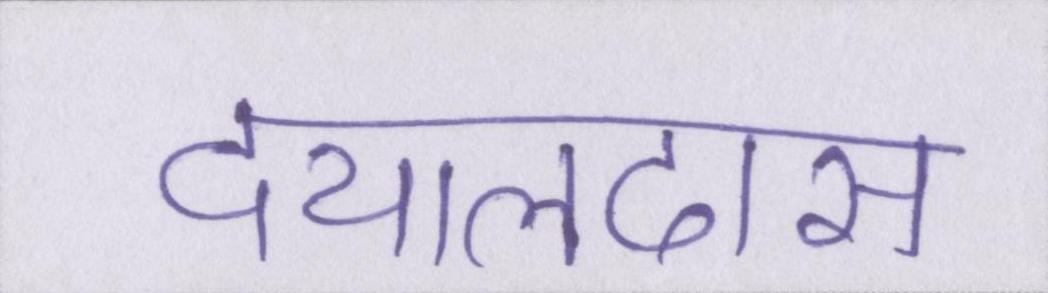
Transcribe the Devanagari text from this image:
दयालदास